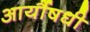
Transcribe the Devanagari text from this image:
आर्यौषधी